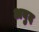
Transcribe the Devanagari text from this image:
अबुद